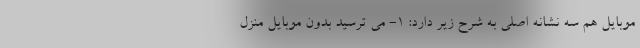
موبایل هم سه نشانه اصلی به شرح زیر دارد: ۱- می ترسید بدون موبایل منزل